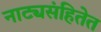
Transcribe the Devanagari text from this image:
नाट्यसंहितेत